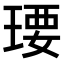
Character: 𤧄